Civil Veterinary Dept. Bombay admin report 1923-31 - 1923-1931
Year: 1923
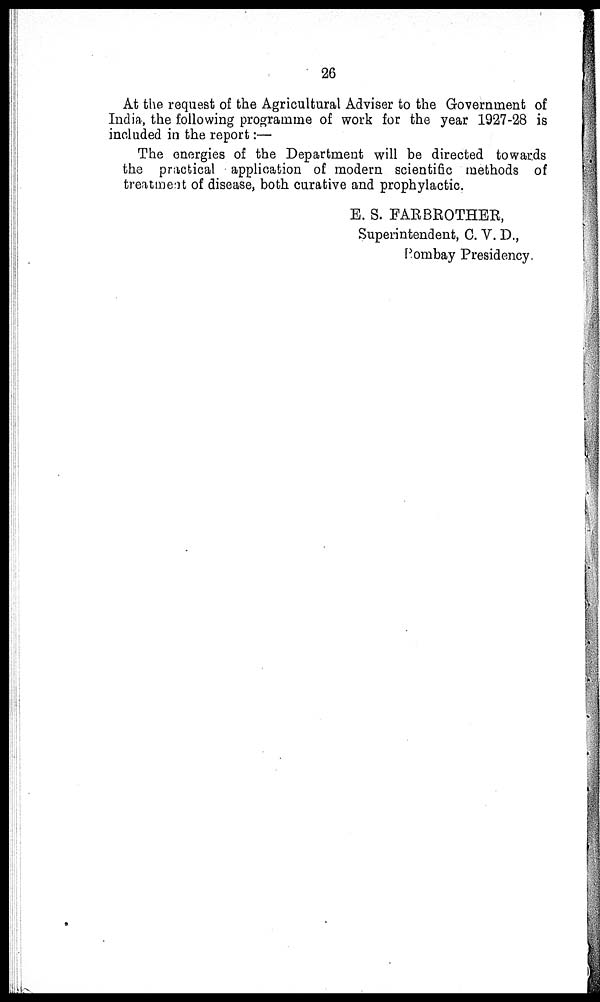
26
At the request of the Agricultural Adviser to the Government of
India, the following programme of work for the year 1927-28 is
included in the report:—
The energies of the Department will be directed towards
the practical application of modern scientific methods of
treatment of disease, both curative and prophylactic.
E. S. FARBROTHER,
Superintendent, C. V. D.,
Bombay Presidency.